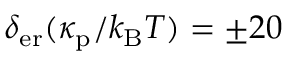
\delta _ { \mathrm { e r } } ( \kappa _ { \mathrm { p } } / k _ { \mathrm { B } } T ) = \pm 2 0